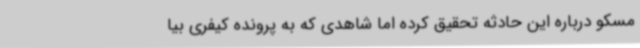
مسکو درباره این حادثه تحقیق کرده اما شاهدی که به پرونده کیفری بیا